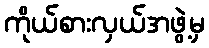
ကိုယ်စားလှယ်အဖွဲ့မှ